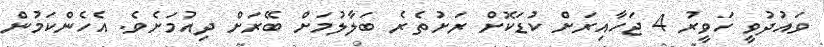
ވައުދުވީ ހަވީރު 4 ޖަހާއިރަށް ކުޑަކޮށް ރަށުތެރެ ބަލާލުމަށް ބޭރަށް ދިއުމަށެވެ. އެހެންކަމުން